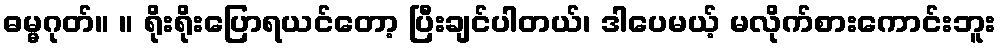
ဓမ္မဂုတ်။ ။ ရိုးရိုးပြောရယင်တော့ ပြီးချင်ပါတယ်၊ ဒါပေမယ့် မလိုက်စားကောင်းဘူး